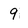
Character: 9